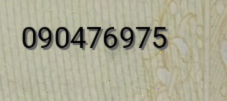
090476975